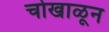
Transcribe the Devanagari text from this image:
चोखाळून